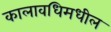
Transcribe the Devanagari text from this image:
कालावधिमधील